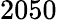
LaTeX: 2050